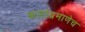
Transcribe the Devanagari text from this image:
कलांप्रमाणेच